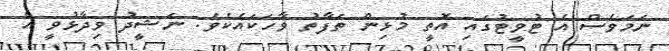
ނަމަވެސް އެ ޓުވީޓުގައި އޮތީ މުޅިން ތަފާތު ވާހަކައެކެވެ. ނަޝީދު ވިދާޅުވީ އެ